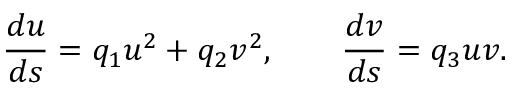
{ \frac { d u } { d s } } = q _ { 1 } u ^ { 2 } + q _ { 2 } v ^ { 2 } , \qquad { \frac { d v } { d s } } = q _ { 3 } u v .